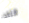
الثالث